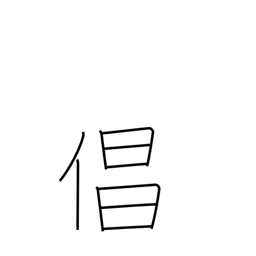
Meaning: actor